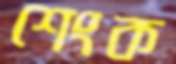
শেংক